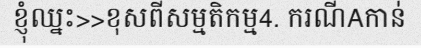
ខ្ញុំឈ្នះ>>ខុសពីសម្មតិកម្ម4. ករណីAកាន់